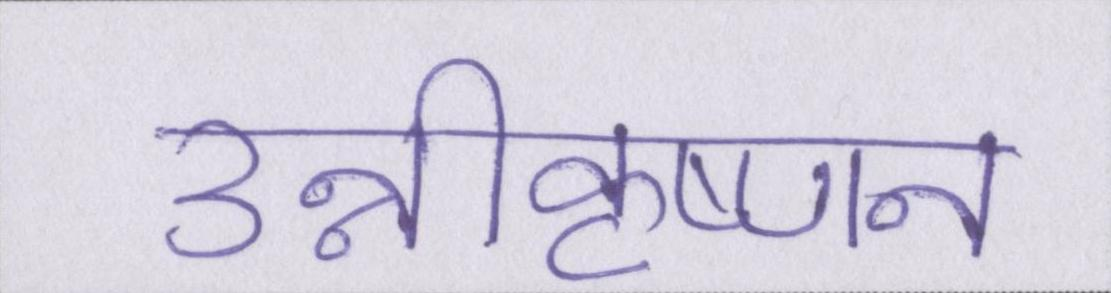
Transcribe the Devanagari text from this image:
उन्नीकृष्णन